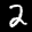
Label: 2